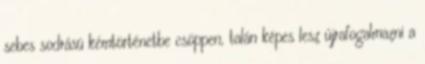
sebes sodrású kémtörténetbe csöppen, talán képes lesz újrafogalmazni a